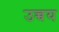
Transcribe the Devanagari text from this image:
उच्चय